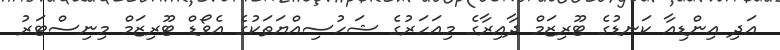
އަދި އިންޑިއާ ކަނޑުގެ ޓޫރިޒަމް ދާއިރާގެ މިއަހަރުގެ ޝަހުސިއްޔަތަކުގެ އެވޯޑް ޓޫރިޒަމް މިނިސްޓަރު